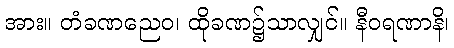
အား။ တံခဏညေဝ၊ ထိုခဏ၌သာလျှင်။ နီဝရဏာနိ၊